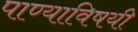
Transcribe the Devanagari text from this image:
पाण्याविषयी